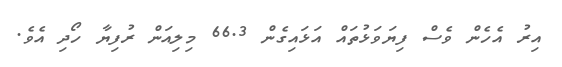
އިރު އެހެން ވެސް ފިޔަވަޅުތައް އަޅައިގެން 66.3 މިލިއަން ރުފިޔާ ހޯދި އެވެ.